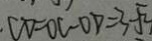
\cdot C D = O C - O D = 3 - \sqrt { 3 }